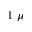
1 \ \mu